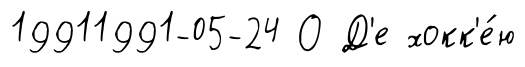
19911991-05-24 О Д'е хокк'е́ю